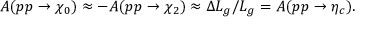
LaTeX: A ( p p \to \chi _ { 0 } ) \approx - A ( p p \to \chi _ { 2 } ) \approx \Delta { \cal L } _ { g } / { \cal L } _ { g } = A ( p p \to \eta _ { c } ) .